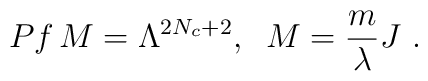
Pf \, M = \Lambda^{2N_c+2}, \; \; M=\frac{m}{\lambda}J \ .